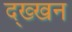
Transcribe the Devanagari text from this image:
द्ख्खन